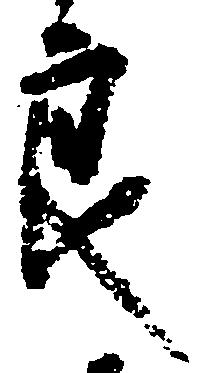
良